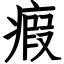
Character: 瘕